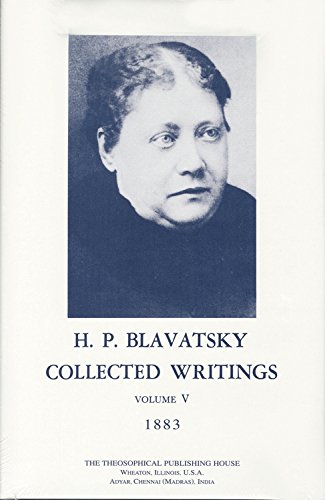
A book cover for Collected Writings of H. P. Blavatsky, Vol. 5 (1883); H P Blavatsky; Religion & Spirituality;